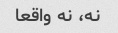
نه، نه واقعا